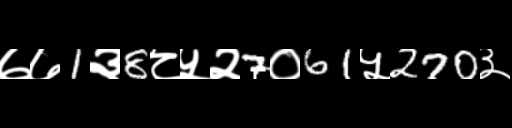
Text: ७७1३8८५२7०61५270३